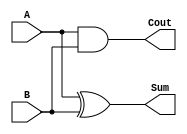
`timescale 1ns / 1ps
//////////////////////////////////////////////////////////////////////////////////
// Company: 
// Engineer: 
// 
// Design Name: 
// Module Name: half_adder
// Project Name: 
// Target Devices: 
// Tool Versions: 
// Description: 
// 
// Dependencies: 
// 
// Revision:
// Revision 0.01 - File Created
// Additional Comments:
// 
//////////////////////////////////////////////////////////////////////////////////


module half_adder(
    input A,B,
    output Sum,Cout
    );
    assign Sum=A^B;
    assign Cout=A&B;
    endmodule